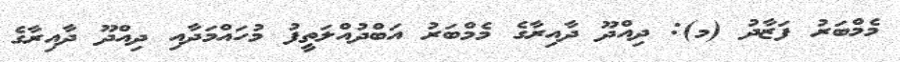
މެމްބަރު ފަޒާދު (މ): ދިއްދޫ ދާއިރާގެ މެމްބަރު އަބްދުއްލަތީފު މުހައްމަދާއި ދިއްދޫ ދާއިރާގެ